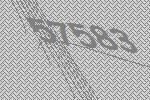
57583